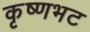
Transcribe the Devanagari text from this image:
कृष्णभट